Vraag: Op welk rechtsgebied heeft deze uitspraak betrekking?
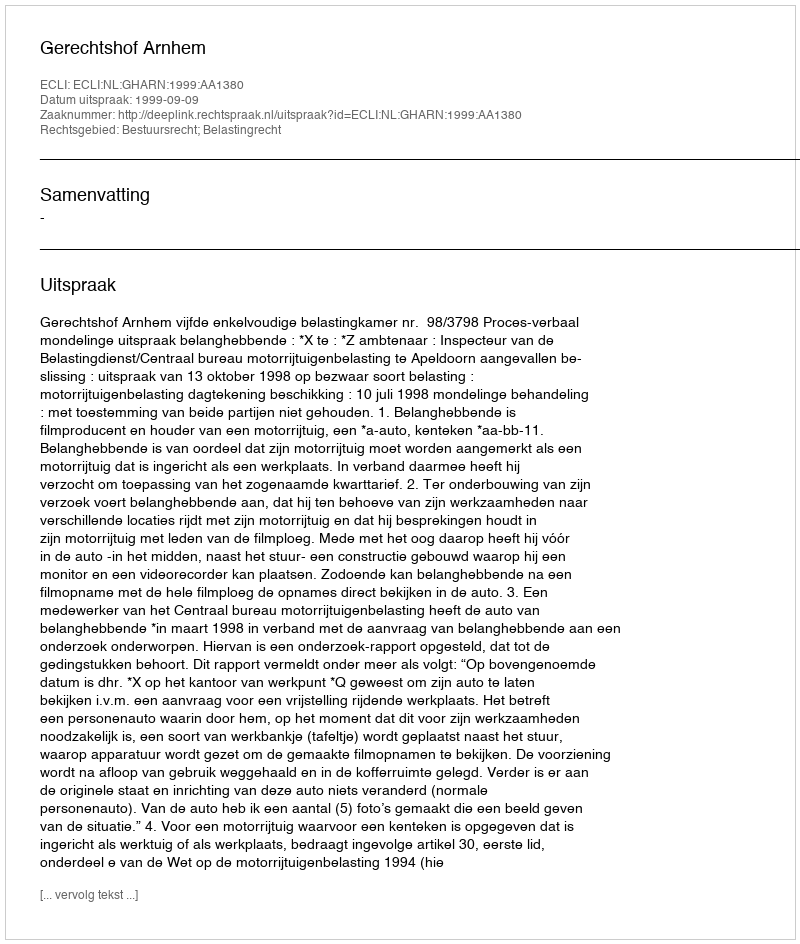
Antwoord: Bestuursrecht; Belastingrecht